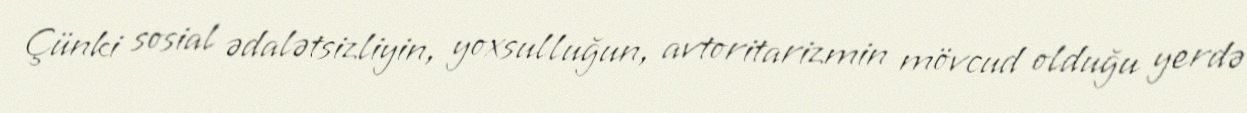
Çünki sosial ədalətsizliyin, yoxsulluğun, avtoritarizmin mövcud olduğu yerdə